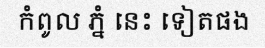
កំពូល ភ្នំ នេះ ទៀតផង